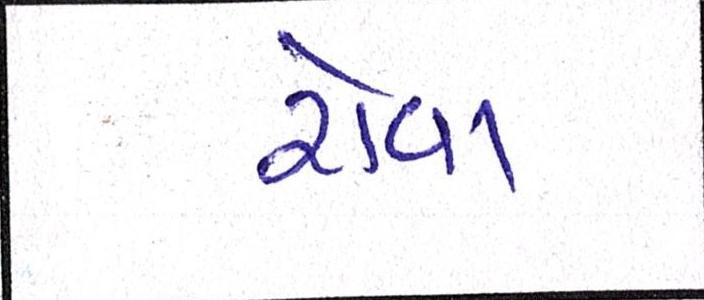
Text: રોવા